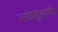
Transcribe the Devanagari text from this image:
सरदेशकुलकर्णी